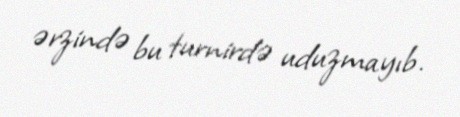
ərzində bu turnirdə uduzmayıb.